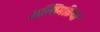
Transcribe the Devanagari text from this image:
अन्तिमक्रिया